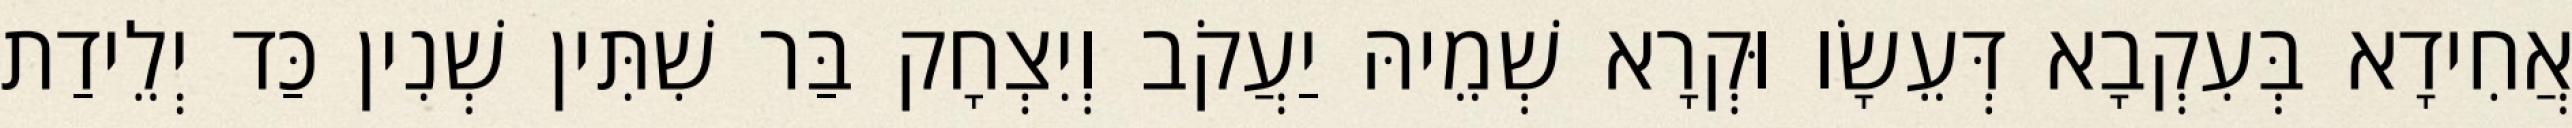
אֲחִידָא בְּעִקְבָא דְּעֵשָׂו וּקְרָא שְׁמֵיהּ יַעֲקֹב וְיִצְחָק בַּר שִׁתִּין שְׁנִין כַּד יְלֵידַת